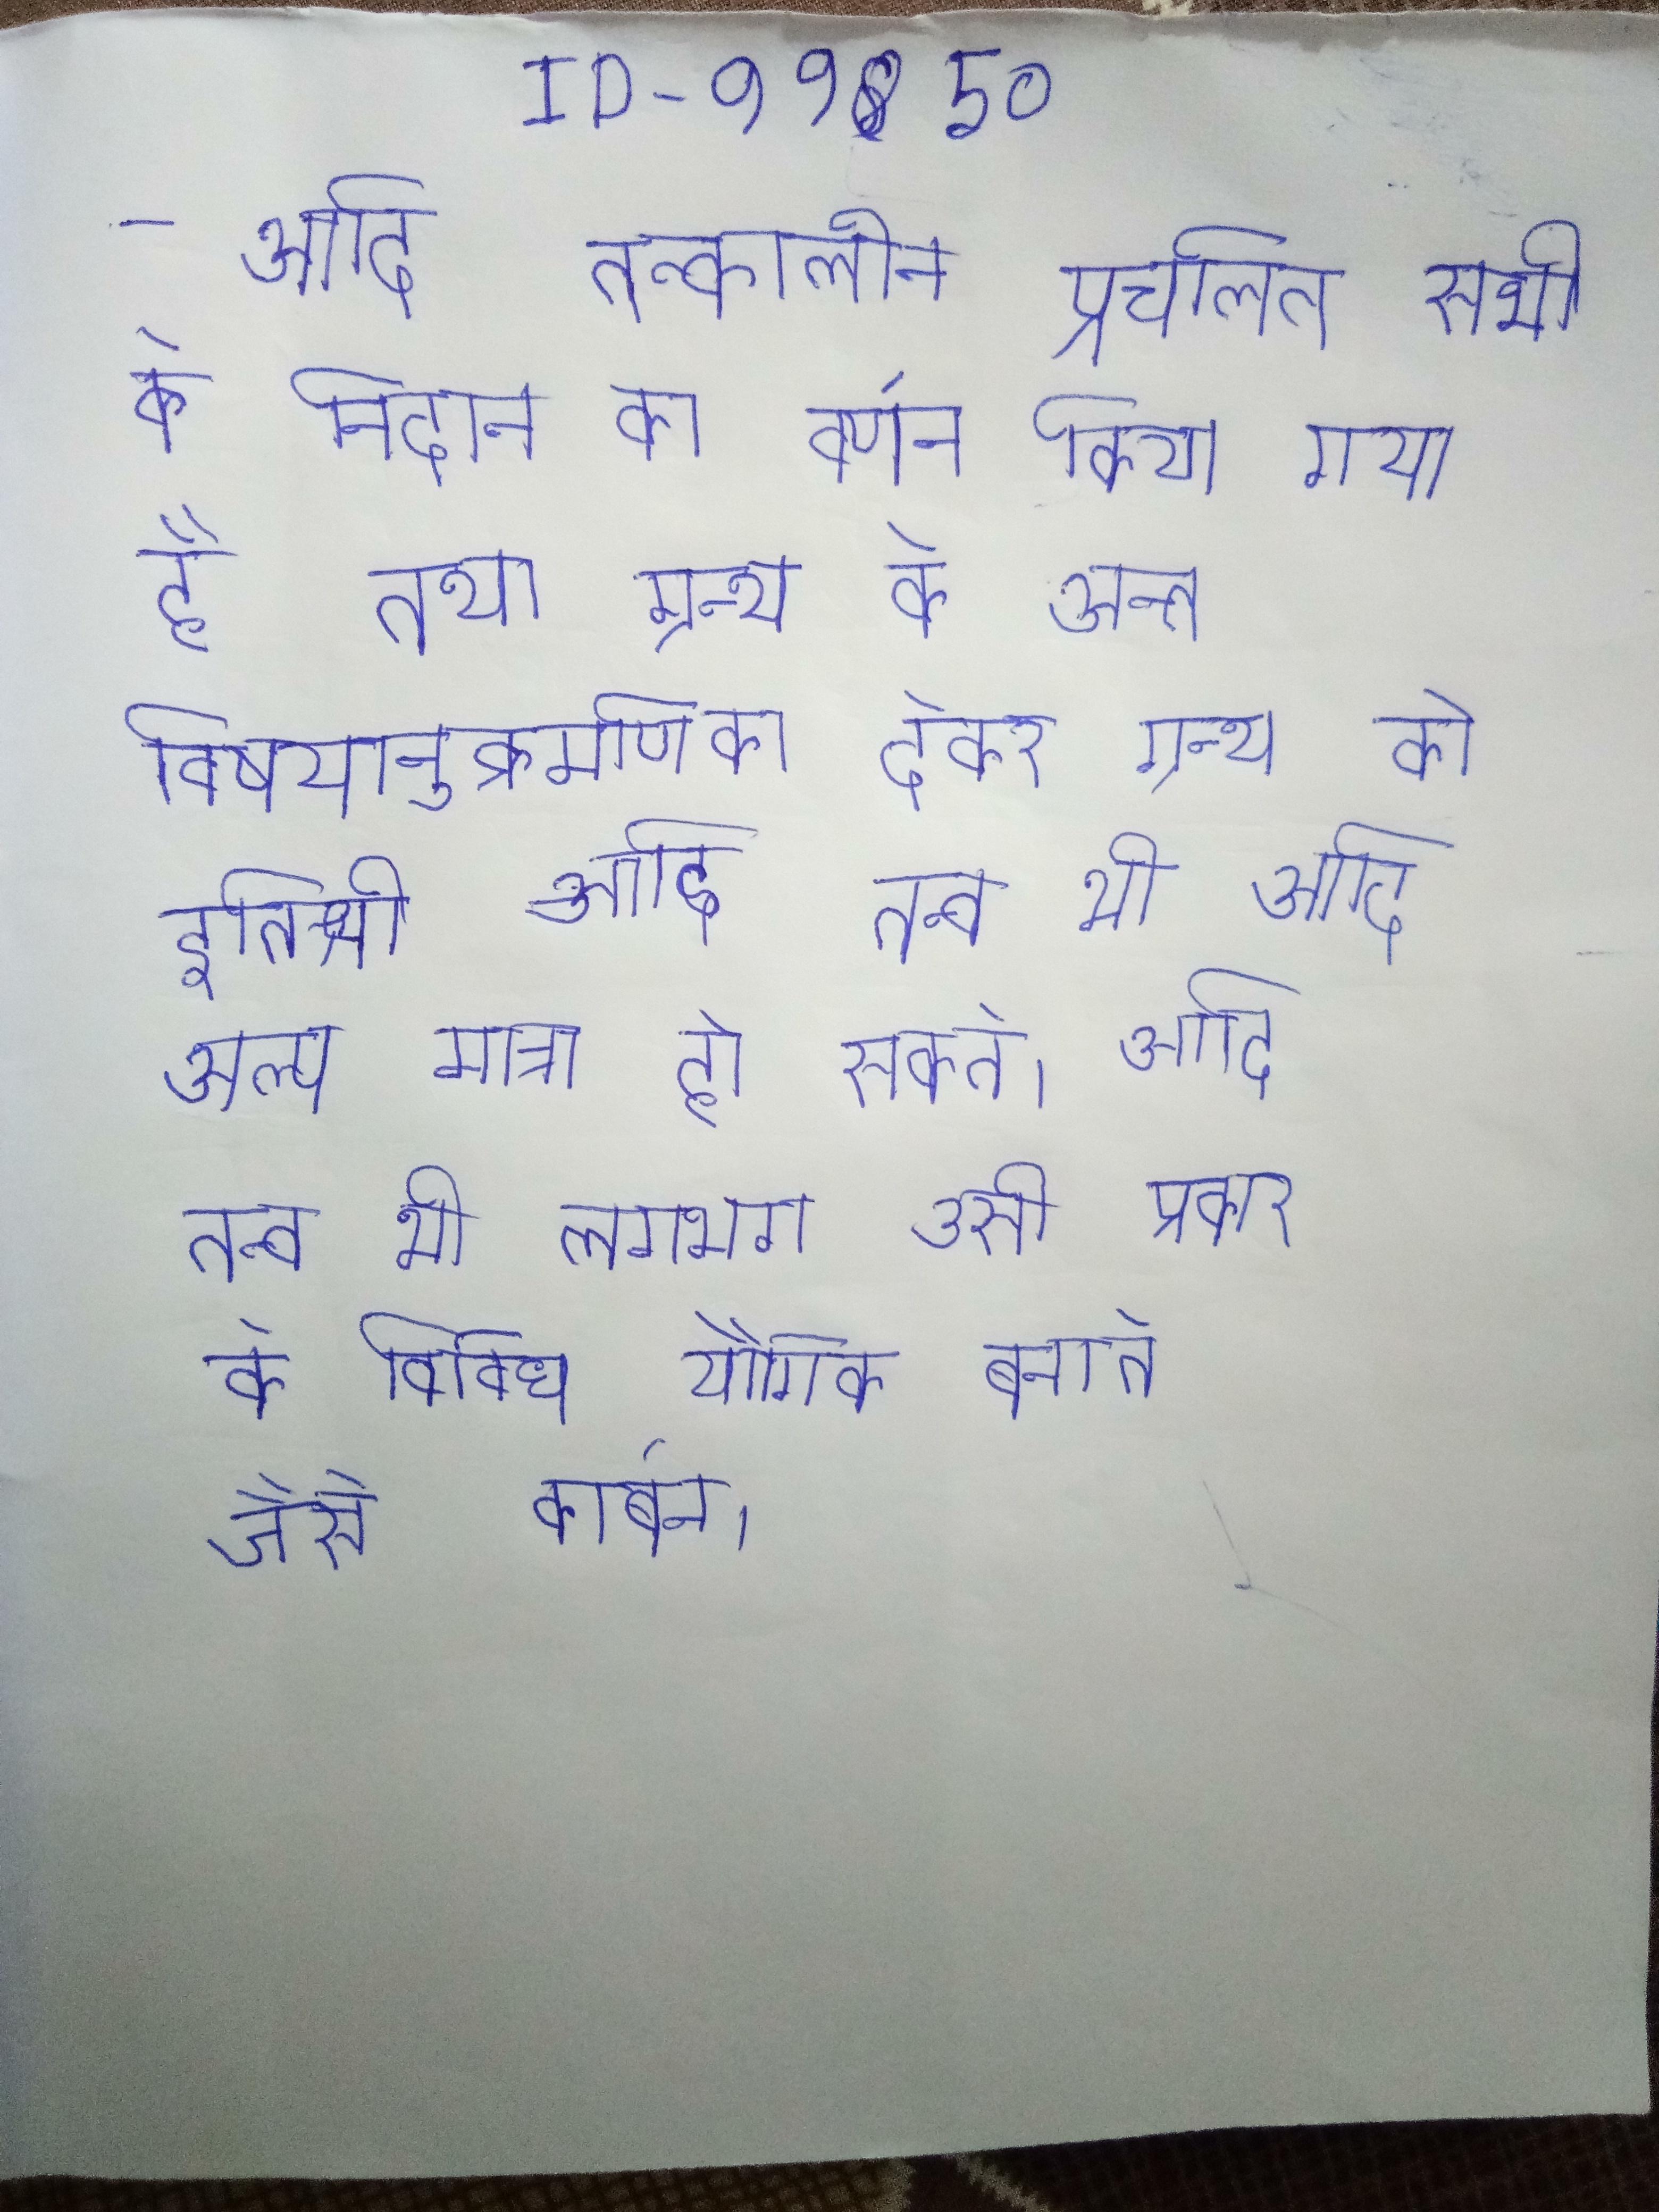
आदि तत्कालीन प्रचलित सभी के निदान का वर्णन किया गया है तथा ग्रन्थ के अन्त विषयानुक्रमणिका देकर ग्रन्थ को इतिश्री प्रदान की गई है । आदि तत्व भी अल्प मात्रा हो सकते । आदि तत्व भी लगभग उसी प्रकार के विविध यौगिक बनाते जैसे कार्बन ।